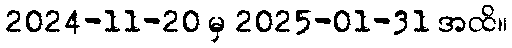
2024-11-20 မှ 2025-01-31 အထိ။